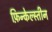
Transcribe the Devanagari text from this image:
फ़िन्केल्स्तीन